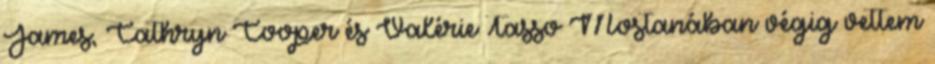
James, Cathryn Cooper és Valérie Tasso Mostanában végig vettem